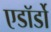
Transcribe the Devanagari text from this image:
एडॉर्डो